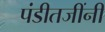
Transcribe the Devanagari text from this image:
पंडीतजींनी